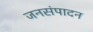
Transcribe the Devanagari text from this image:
जनसंपादन